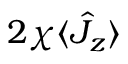
2 \chi \langle \hat { J } _ { z } \rangle